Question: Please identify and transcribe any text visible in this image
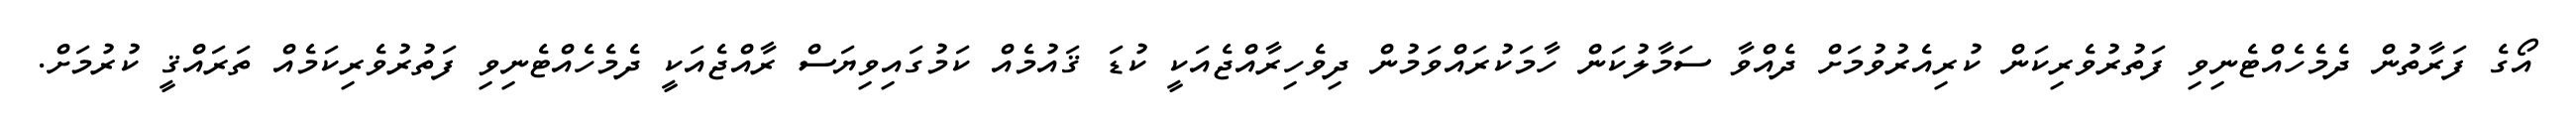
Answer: އޯގެ ފަރާތުން ދެމެހެއްޓެނިވި ފަތުރުވެރިކަން ކުރިއެރުވުމަށް ދެއްވާ ސަމާލުކަން ހާމަކުރައްވަމުން ދިވެހިރާއްޖެއަކީ ކުޑަ ޤައުމެއް ކަމުގައިވިޔަސް ރާއްޖެއަކީ ދެމެހެއްޓެނިވި ފަތުރުވެރިކަމެއް ތަރައްޤީ ކުރުމަށް.